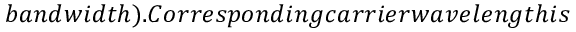
b a n d w i d t h ) . C o r r e s p o n d i n g c a r r i e r w a v e l e n g t h i s